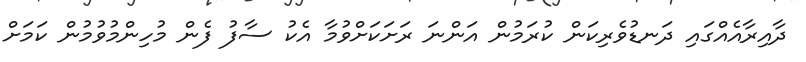
ދާއިރާއެއްގައި ދަނޑުވެރިކަން ކުރަމުން އަންނަ ރަށަކަށްވުމާ އެކު ސާފު ފެން މުހިންމުވުމުން ކަމަށް